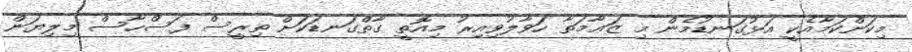
މިކަންކަމާއެކީ އަޅުގަނޑުމެން މި ޒަޢާމަތާ ހަވާލުވިއިރު މިއޮތީ ގާތްގަނޑަކަށް ތިރީސް ފަސްހާސް މިލިޔަން